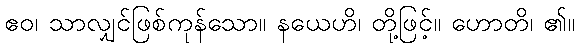
ဧဝ၊ သာလျှင်ဖြစ်ကုန်သော။ နယေဟိ၊ တို့ဖြင့်။ ဟောတိ၊ ၏။